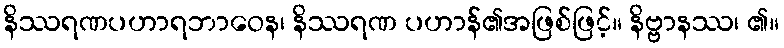
နိဿရဏပဟာရဘာဝေန၊ နိဿရဏ ပဟာန်၏အဖြစ်ဖြင့်။ နိဗ္ဗာနဿ၊ ၏။